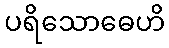
ပရိသောဓေဟိ